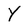
Character: Y